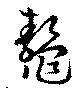
鼇